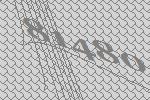
81480